NAE_ERA_R-30_Eesti_Riiklik_Spordiamet, lk 25
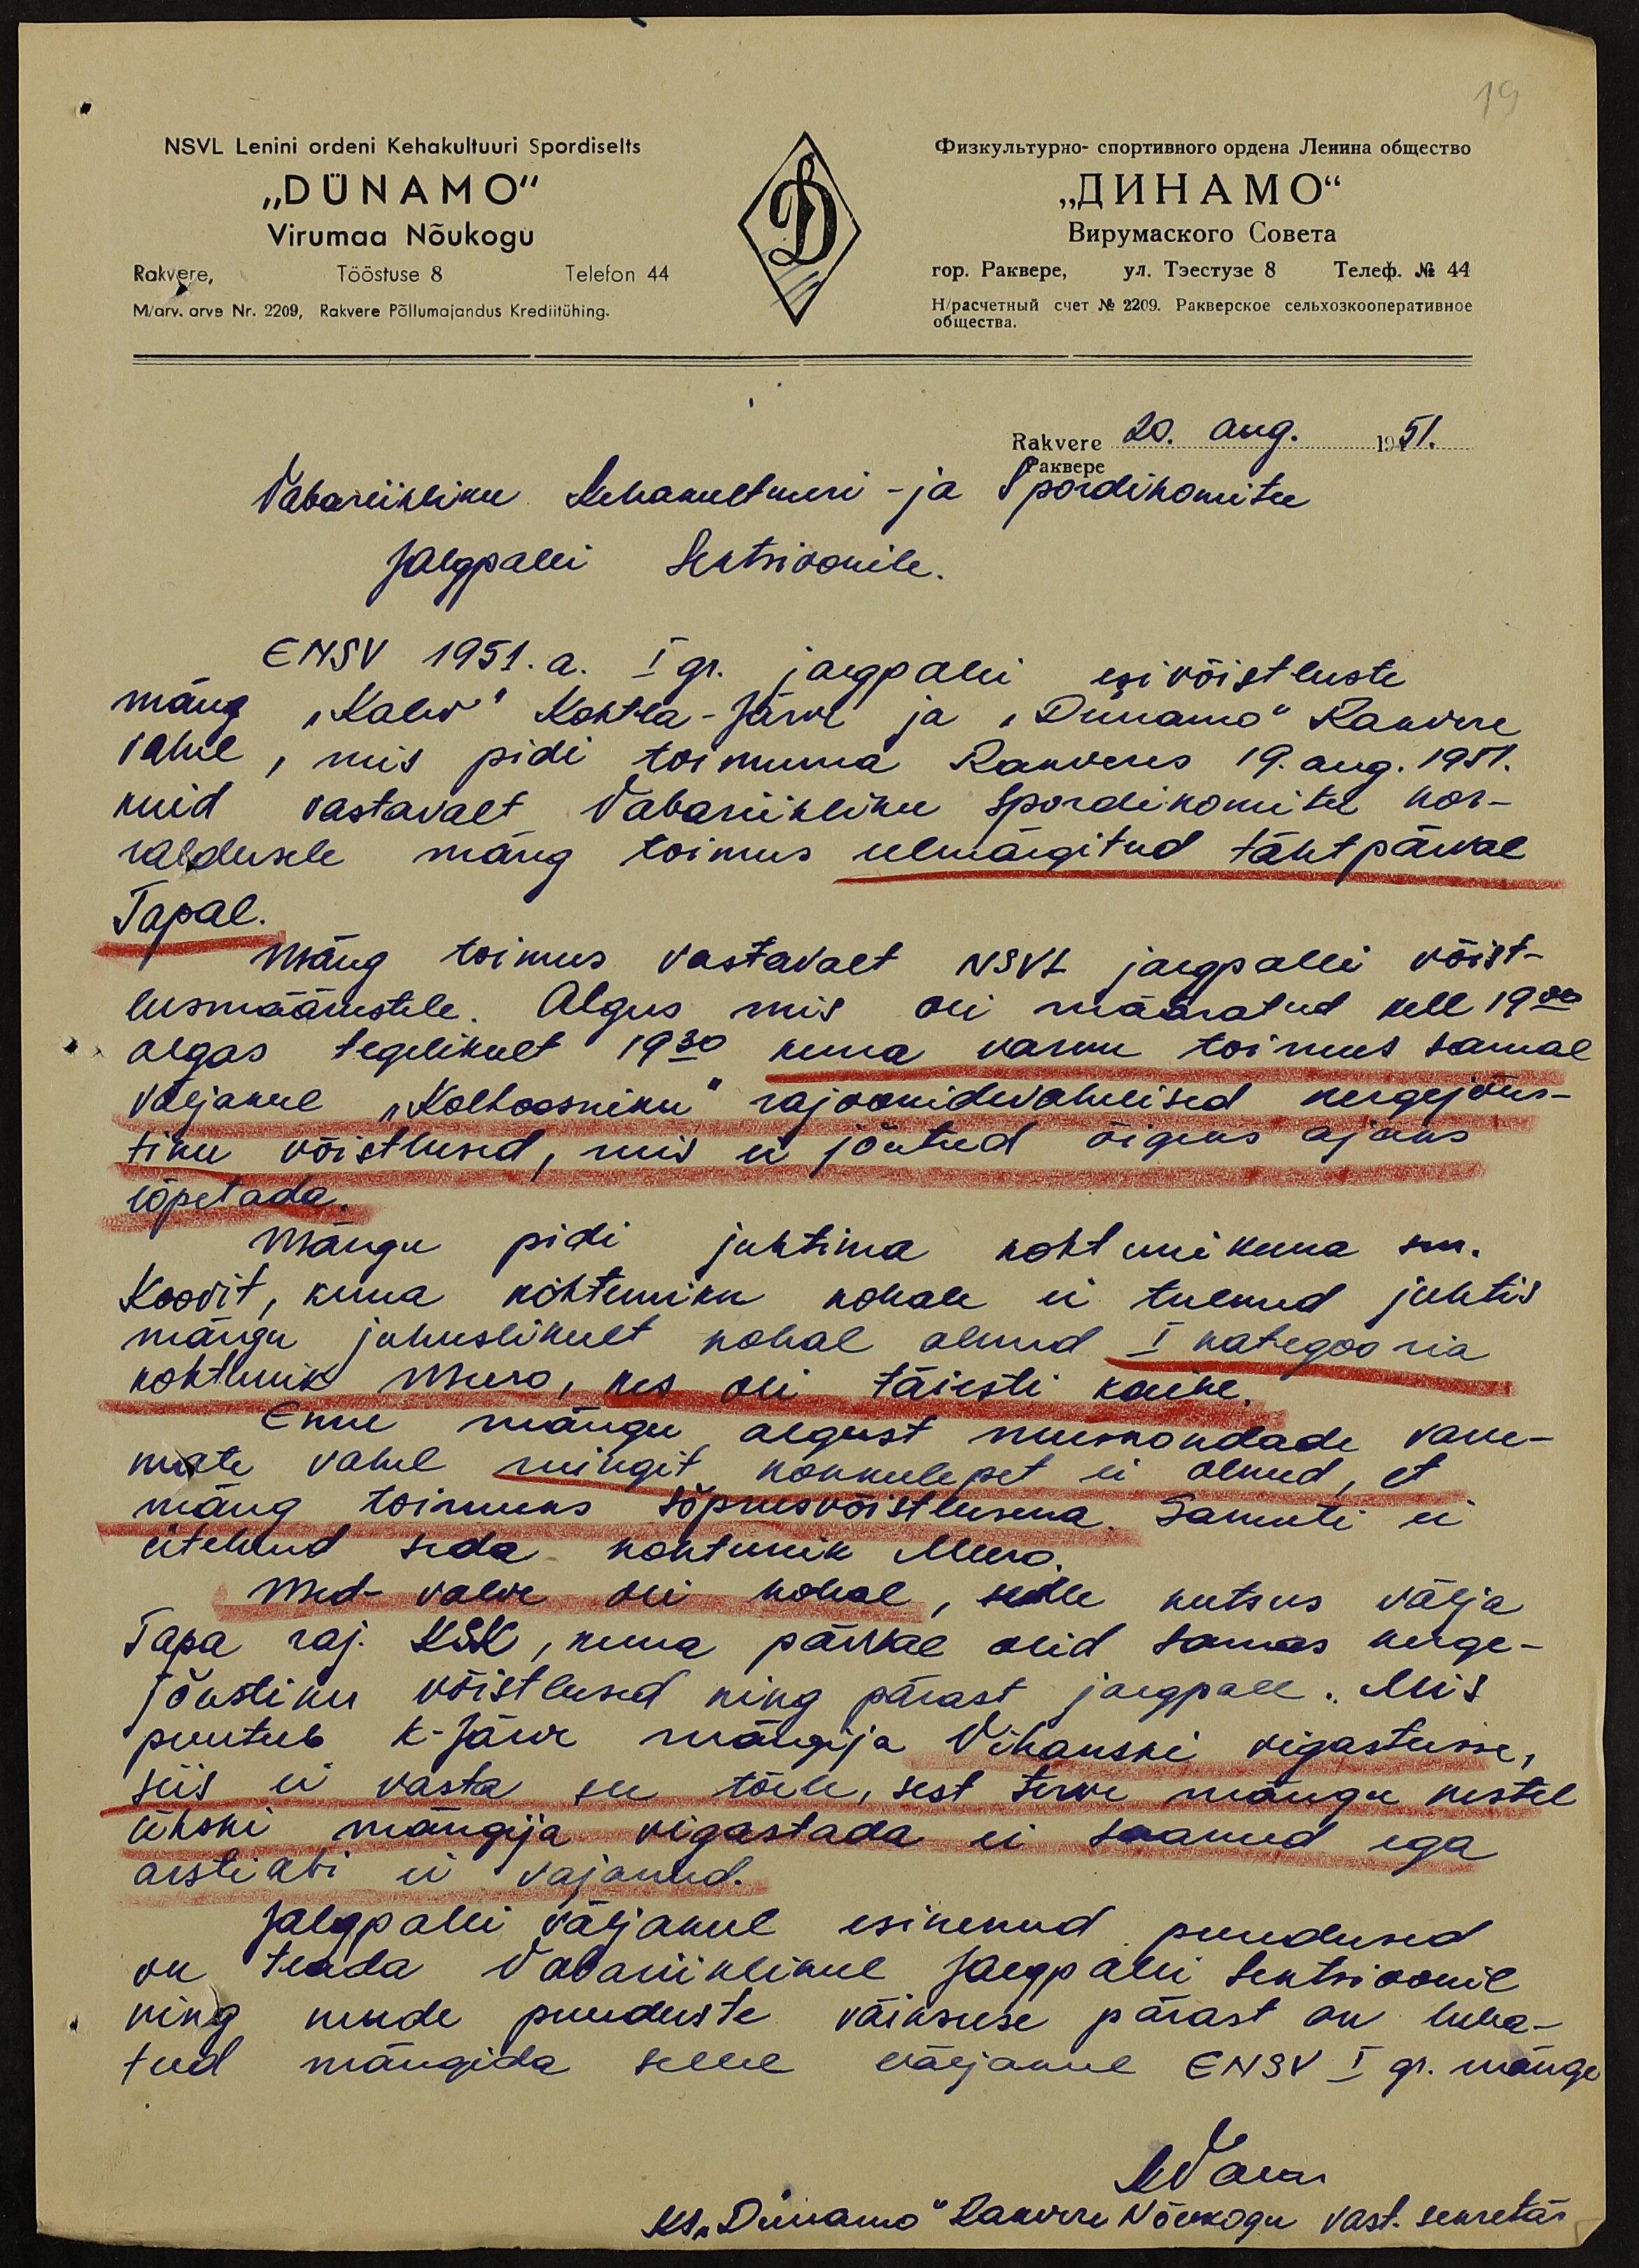
19
NSVL Lenini ordeni Kehakultuuri Spordiselts
"DÜNAMO"
Virumaa Nõukogu
Rakvere, Tööstuse 8 Telefon 44
M/arv. arve Nr. 2209, Rakvere Põllumajandus Krediitühing.
Rakvere 20. aug. 1951.
Vabariikliku Kehakultuuri- ja Spordikomitee
Jalgpalli Sektsioonile.
ENSV 1951.a. I gr. jalgpalli esivõistluste
mäng "Kalev" Kohtla-Järve ja "Dünamo" Rakvere
vahel, mis pidi toimuma Rakveres 19. aug. 1951.
kuid vastavalt Vabariikliku Spordikomitee kor-
raldusele mäng toimus eelmärgitud tähtpäeval
Tapal.
Mäng toimus vastavalt NSVL jalgpalli võist-
lusmäärustele. Algus mis oli määratud kell 19 00
algas tegelikult 19 30 kuna varem toimus samal
väljakul "Kolhoosniku" rajoonidevahelised kergejõus-
tiku võistlused, mis ei jõutud õigeks ajaks
lõpetada.
Mängu pidi juhtima kohtunikuna sm.
Koovit, kuna kohtuniku kohale ei tulnud juhtis
mängu juhuslikult kohal olnud I kategooria
kohtunik Meero, kes oli täiesti kaine.
Enne mängu algust meeskondade vane-
mate vahel mingit kokkulepet ei olnud, et
mäng toimuks sõprusvõistlusena. Samuti ei
ütelnud seda kohtunik Meero.
Med-valve oli kohal, selle kutsus välja
Tapa raj. KSK, kuna päeval olid samas kerge-
jõustiku võistlused ning pärast jalgpall. Mis
puutub K-Järve mängija Vihanski vigastusse,
siis ei vasta see tõele, sest terve mängu kestel
ükski mängija vigastada ei saanud ega
arstiabi ei vajanud.
Jalgpalli väljakul esinenud puudused
on teada Vabariiklikul Jalgpalli Sektsioonil
ning nende puuduste väiksuse pärast on luba-
tud mängida sellel väljakul ENSV I gr. mänge
ks "Dünamo" Rakvere Nõukogu vast. sekretär.